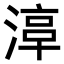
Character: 𣹾